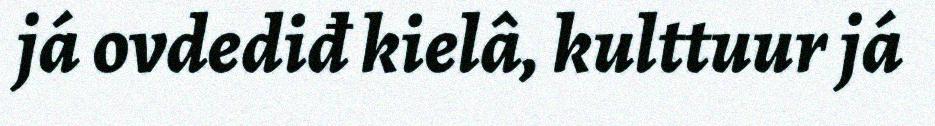
já ovdediđ kielâ, kulttuur já